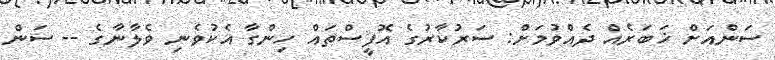
ސަންއަށް ޚަބަރެއް ދެއްވުމަށް: ސަރުކާރުގެ އޮފީސްތައް ހިންގާ އެކުވެނި ވެލާނާގެ -- ސަން